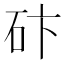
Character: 𥑃